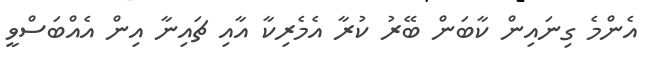
އެންމެ ގިނައިން ކާބަން ބޭރު ކުރާ އެމެރިކާ އާއި ޗައިނާ އިން އެއްބަސްވީ